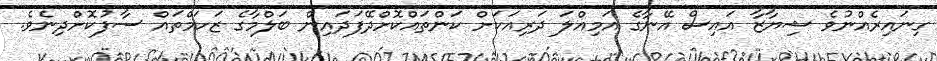
ގިނައިރެއްނުވެ ޝިޔާޒާ އައިސް އޭނާގެ އަމިއްލަ ދަރިއަކަށް ކަންތައްކޮށްދޭފަދައިން ބަލްމާގެ ޒަހަމްތައް ސާފުކޮށްދިނެވެ.